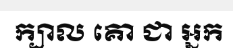
ក្បាល គោ ជា អ្នក